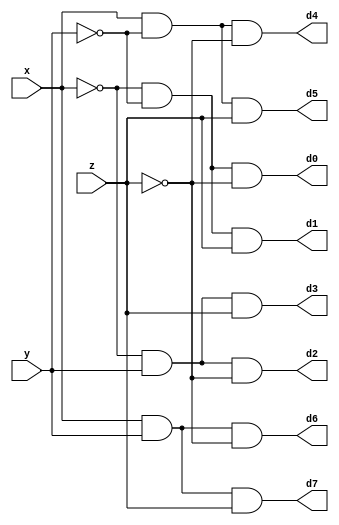
module DECODER(d0,d1,d2,d3,d4,d5,d6,d7,x,y,z); 
input x,y,z; 
output d0,d1,d2,d3,d4,d5,d6,d7; 
wire x0,y0,z0; 
not n1(x0,x); 
not n2(y0,y); 
not n3(z0,z); 

and a0(d0,x0,y0,z0); 
and a1(d1,x0,y0,z); 
and a2(d2,x0,y,z0); 
and a3(d3,x0,y,z); 
and a4(d4,x,y0,z0); 
and a5(d5,x,y0,z); 
and a6(d6,x,y,z0); 
and a7(d7,x,y,z);  

endmodule